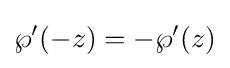
\wp '(-z)=-\wp '(z)